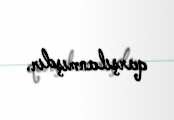
qarşılanmışdır.